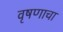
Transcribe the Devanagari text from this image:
वृषणाचा